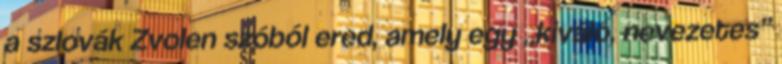
a szlovák Zvolen szóból ered, amely egy „kiváló, nevezetes”